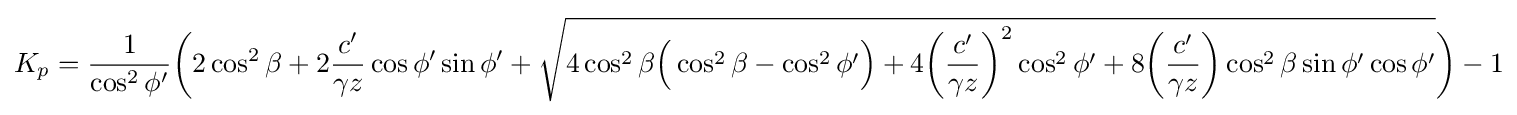
K_{p}={\frac {1}{\cos ^{2}\phi '}}{\biggl (}2\cos ^{2}\beta +2{\frac {c'}{\gamma z}}\cos \phi '\sin \phi '+{\sqrt {4\cos ^{2}\beta {\Bigl (}\cos ^{2}\beta -\cos ^{2}\phi '{\Bigr )}+4{\biggl (}{\frac {c'}{\gamma z}}{\biggl )}^{2}\cos ^{2}\phi '+8{\biggl (}{\frac {c'}{\gamma z}}{\biggl )}\cos ^{2}\beta \sin \phi '\cos \phi '}}{\biggl )}-1